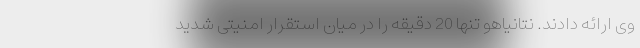
وی ارائه دادند. نتانیاهو تنها 20 دقیقه را در میان استقرار امنیتی شدید